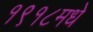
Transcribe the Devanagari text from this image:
१९१८मधे